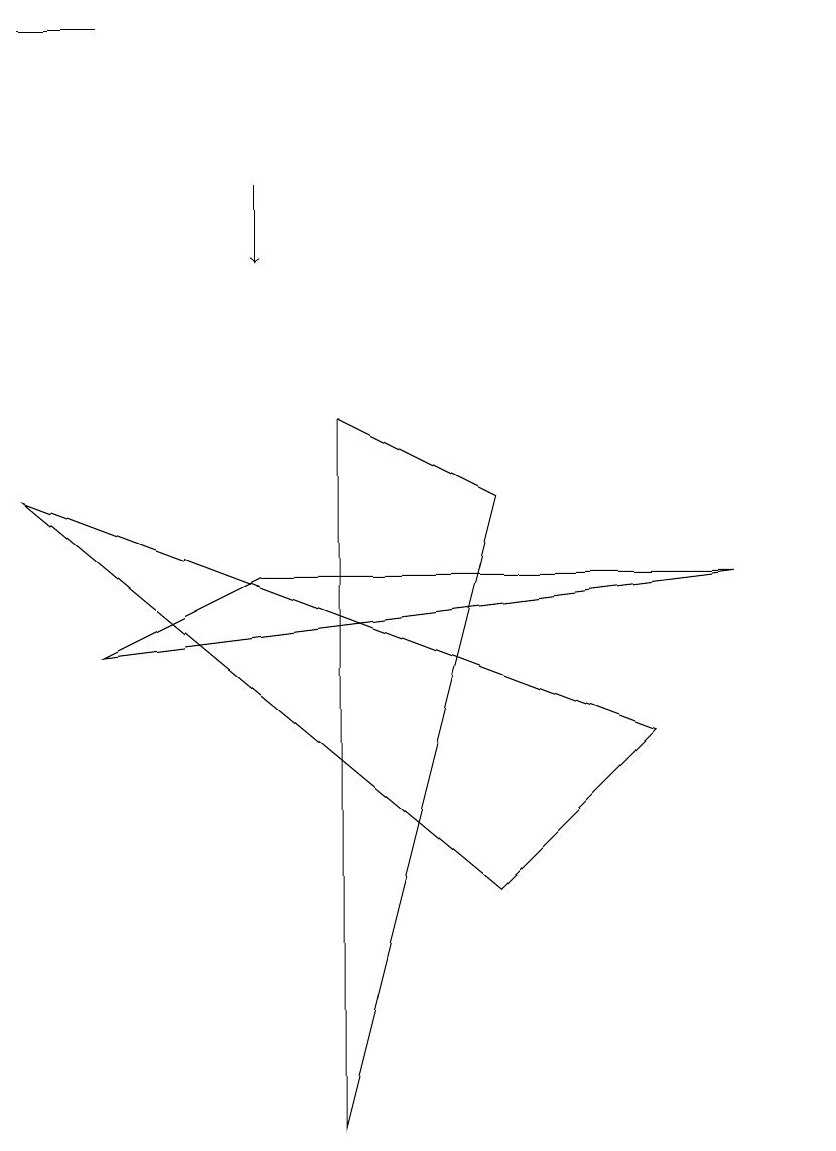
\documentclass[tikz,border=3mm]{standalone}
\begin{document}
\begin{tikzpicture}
\draw (0,14) rectangle (1,14);
\draw (9,7) -- (3,7) -- (1,6) -- cycle;
\draw (10,10) circle (0);
\draw (0,8) -- (6,3) -- (8,5) -- cycle;
\draw[->] (3,12) -- (3,11);
\draw (4,9) -- (6,8) -- (4,0) -- cycle;
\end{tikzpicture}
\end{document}